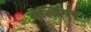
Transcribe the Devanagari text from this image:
सेल्डिंगर